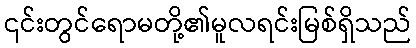
၎င်းတွင်ရောမတို့၏မူလရင်းမြစ်ရှိသည်